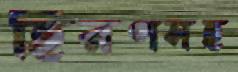
হিরণসহ